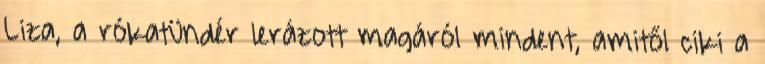
Liza, a rókatündér lerázott magáról mindent, amitől ciki a